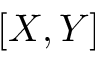
\left[ X , Y \right]